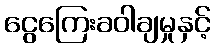
ငွေကြေးခဝါချမှုနှင့်